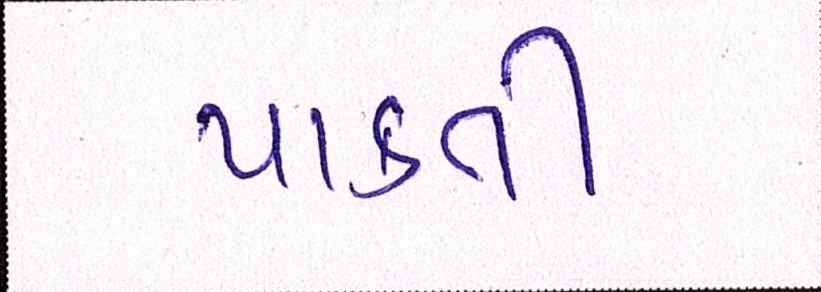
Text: પાકતી